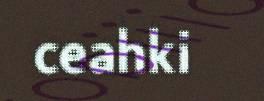
ceahki